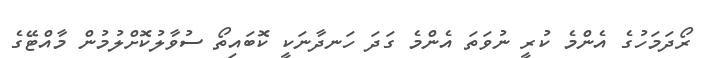
ރޯދަމަހުގެ އެންމެ ކުރީ ނުވަތަ އެންމެ ގަދަ ހަނދާނަކީ ކޮބައިތޯ ސުވާލުކޮށްލުމުން މާއްޓޭގެ